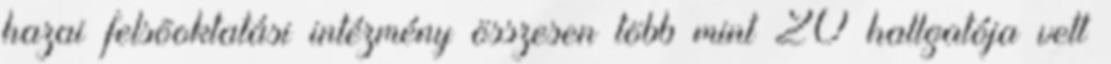
hazai felsõoktatási intézmény összesen több mint 20 hallgatója vett